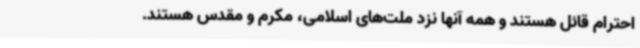
احترام قائل هستند و همه آنها نزد ملت‌های اسلامی، مکرم و مقدس هستند.